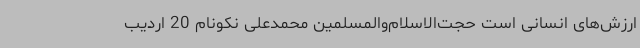
ارزش‌های انسانی است حجت‌الاسلام‌والمسلمین محمدعلی نکونام 20 اردیب